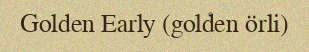
Golden Early (golden örli)